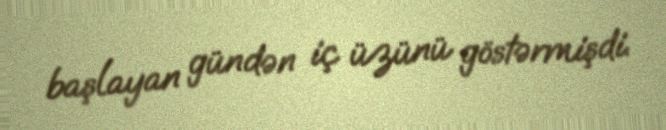
başlayan gündən iç üzünü göstərmişdi.